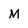
Character: M